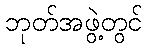
ဘုတ်အဖွဲ့တွင်